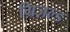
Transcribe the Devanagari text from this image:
ग्रिज़ल्ड